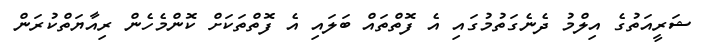
ޝަރީއަތުގެ އިލްމު ދެނެގަތުމުގައި އެ ފޮތްތައް ބަލައި އެ ފޮތްތަކަށް ކޮންމެހެން ރިއާޔަތްކުރަން